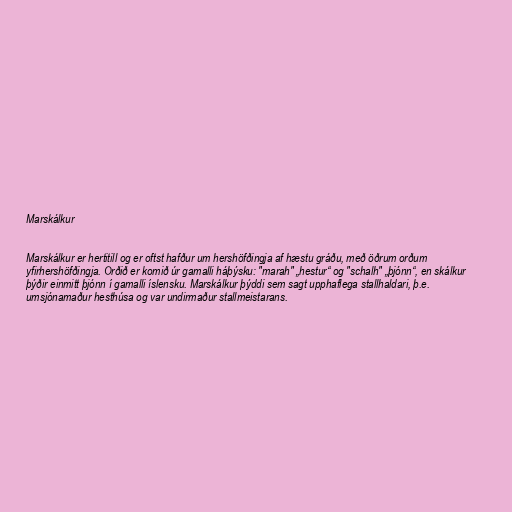
Marskálkur

Marskálkur er hertitill og er oftst hafður um hershöfðingja af hæstu gráðu, með öðrum orðum
yfirhershöfðingja. Orðið er komið úr gamalli háþýsku: "marah" „hestur“ og "schalh" „þjónn“, en skálkur
þýðir einmitt þjónn í gamalli íslensku. Marskálkur þýddi sem sagt upphaflega stallhaldari, þ.e.
umsjónamaður hesthúsa og var undirmaður stallmeistarans.